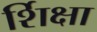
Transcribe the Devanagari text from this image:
र्शिक्षा